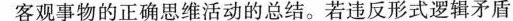
客观事物的正确思维活动的总结。若违反形式逻辑矛盾